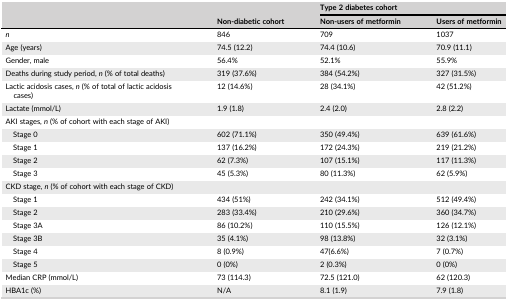
<table><thead><tr><td rowspan="2"></td><td rowspan="2"><b>Non‐diabetic cohort</b></td><td colspan="2"><b>Type 2 diabetes cohort</b></td></tr><tr><td><b>Non‐users of metformin</b></td><td><b>Users of metformin</b></td></tr></thead><tbody><tr><td><i>n</i></td><td>846</td><td>709</td><td>1037</td></tr><tr><td>Age (years)</td><td>74.5 (12.2)</td><td>74.4 (10.6)</td><td>70.9 (11.1)</td></tr><tr><td>Gender, male</td><td>56.4%</td><td>52.1%</td><td>55.9%</td></tr><tr><td>Deaths during study period, <i>n</i> (% of total deaths)</td><td>319 (37.6%)</td><td>384 (54.2%)</td><td>327 (31.5%)</td></tr><tr><td>Lactic acidosis cases, <i>n</i> (% of total of lactic acidosis cases)</td><td>12 (14.6%)</td><td>28 (34.1%)</td><td>42 (51.2%)</td></tr><tr><td>Lactate (mmol/L)</td><td>1.9 (1.8)</td><td>2.4 (2.0)</td><td>2.8 (2.2)</td></tr><tr><td>AKI stages, <i>n</i> (% of cohort with each stage of AKI)</td><td></td><td></td><td></td></tr><tr><td>Stage 0</td><td>602 (71.1%)</td><td>350 (49.4%)</td><td>639 (61.6%)</td></tr><tr><td>Stage 1</td><td>137 (16.2%)</td><td>172 (24.3%)</td><td>219 (21.2%)</td></tr><tr><td>Stage 2</td><td>62 (7.3%)</td><td>107 (15.1%)</td><td>117 (11.3%)</td></tr><tr><td>Stage 3</td><td>45 (5.3%)</td><td>80 (11.3%)</td><td>62 (5.9%)</td></tr><tr><td>CKD stage, <i>n</i> (% of cohort with each stage of CKD)</td><td></td><td></td><td></td></tr><tr><td>Stage 1</td><td>434 (51%)</td><td>242 (34.1%)</td><td>512 (49.4%)</td></tr><tr><td>Stage 2</td><td>283 (33.4%)</td><td>210 (29.6%)</td><td>360 (34.7%)</td></tr><tr><td>Stage 3A</td><td>86 (10.2%)</td><td>110 (15.5%)</td><td>126 (12.1%)</td></tr><tr><td>Stage 3B</td><td>35 (4.1%)</td><td>98 (13.8%)</td><td>32 (3.1%)</td></tr><tr><td>Stage 4</td><td>8 (0.9%)</td><td>47(6.6%)</td><td>7 (0.7%)</td></tr><tr><td>Stage 5</td><td>0 (0%)</td><td>2 (0.3%)</td><td>0 (0%)</td></tr><tr><td>Median CRP (mmol/L)</td><td>73 (114.3)</td><td>72.5 (121.0)</td><td>62 (120.3)</td></tr><tr><td>HBA1c (%)</td><td>N/A</td><td>8.1 (1.9)</td><td>7.9 (1.8)</td></tr></tbody></table>